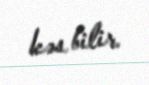
kəs bilir.